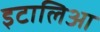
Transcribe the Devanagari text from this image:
इटालिआ